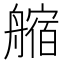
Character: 䑿